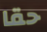
حقا